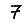
Digit: 7